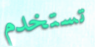
تستخدم